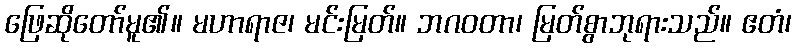
ဖြေဆိုတော်မူ၏။ မဟာရာဇ၊ မင်းမြတ်။ ဘဂဝတာ၊ မြတ်စွာဘုရားသည်။ ဧတံ၊